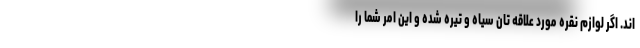
اند. اگر لوازم نقره مورد علاقه تان سیاه و تیره شده و این امر شما را